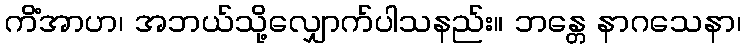
ကိံအာဟ၊ အဘယ်သို့လျှောက်ပါသနည်း။ ဘန္တေ နာဂသေနာ၊